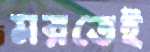
মরতেই